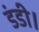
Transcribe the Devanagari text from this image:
डंडी।